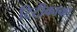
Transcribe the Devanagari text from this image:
टिटीकाका